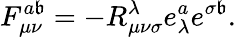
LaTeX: F_{\mu\nu}^{a\mathfrak{b}}=-R_{\mu\nu\sigma}^{\lambda}e_{\lambda}^{a}e^{\sigma\mathfrak{b}}.